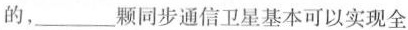
的，___颗同步通信卫星基本可以实现全